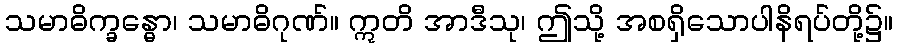
သမာဓိက္ခန္ဓော၊ သမာဓိဂုဏ်။ ဣတိ အာဒီသု၊ ဤသို့ အစရှိသောပါနိရပ်တို့၌။